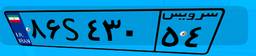
۳۲S۸۸۹۴۸